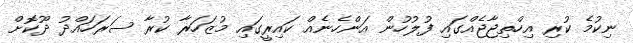
ނިކުމެ ކުރި އިހްތިޖާޖެއްގައި ފުލުހުން އަންހެނެއް ކައިރީގައި މުޒަހަރާ ކުރާ ސަރަހައްދު ދޫކޮށް